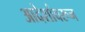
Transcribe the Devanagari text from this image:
आदेशांवरून